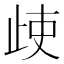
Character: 𣥱